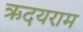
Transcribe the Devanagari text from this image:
ऋदयराम